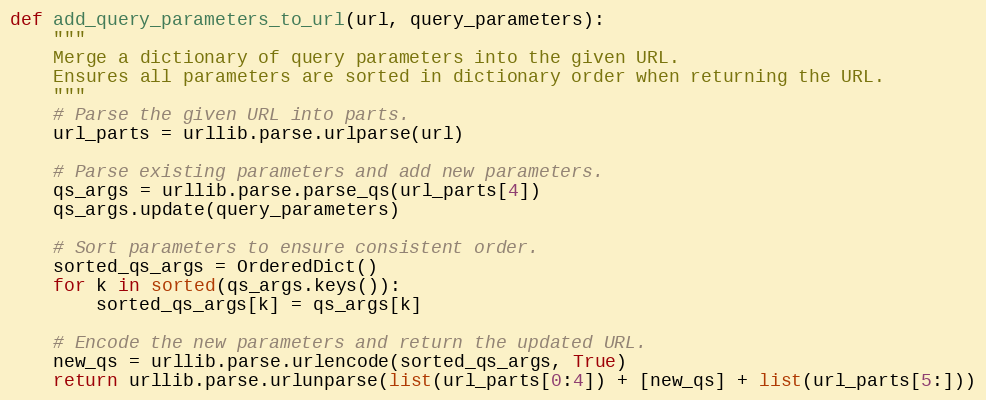
Language: Python
def add_query_parameters_to_url(url, query_parameters):
    """
    Merge a dictionary of query parameters into the given URL.
    Ensures all parameters are sorted in dictionary order when returning the URL.
    """
    # Parse the given URL into parts.
    url_parts = urllib.parse.urlparse(url)

    # Parse existing parameters and add new parameters.
    qs_args = urllib.parse.parse_qs(url_parts[4])
    qs_args.update(query_parameters)

    # Sort parameters to ensure consistent order.
    sorted_qs_args = OrderedDict()
    for k in sorted(qs_args.keys()):
        sorted_qs_args[k] = qs_args[k]

    # Encode the new parameters and return the updated URL.
    new_qs = urllib.parse.urlencode(sorted_qs_args, True)
    return urllib.parse.urlunparse(list(url_parts[0:4]) + [new_qs] + list(url_parts[5:]))